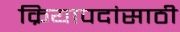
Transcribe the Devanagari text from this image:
क्रियापदांसाठी